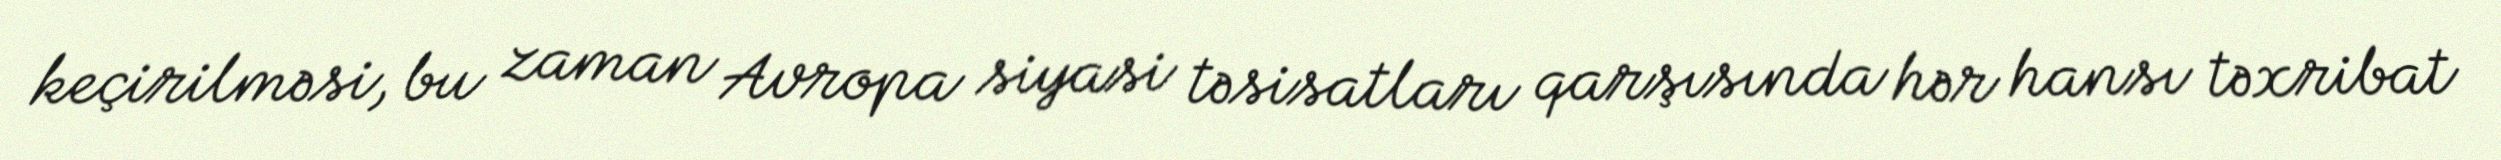
keçirilməsi, bu zaman Avropa siyasi təsisatları qarşısında hər hansı təxribat